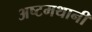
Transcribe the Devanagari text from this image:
अष्टमथानी